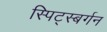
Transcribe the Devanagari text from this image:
स्पिट्स्बर्गन